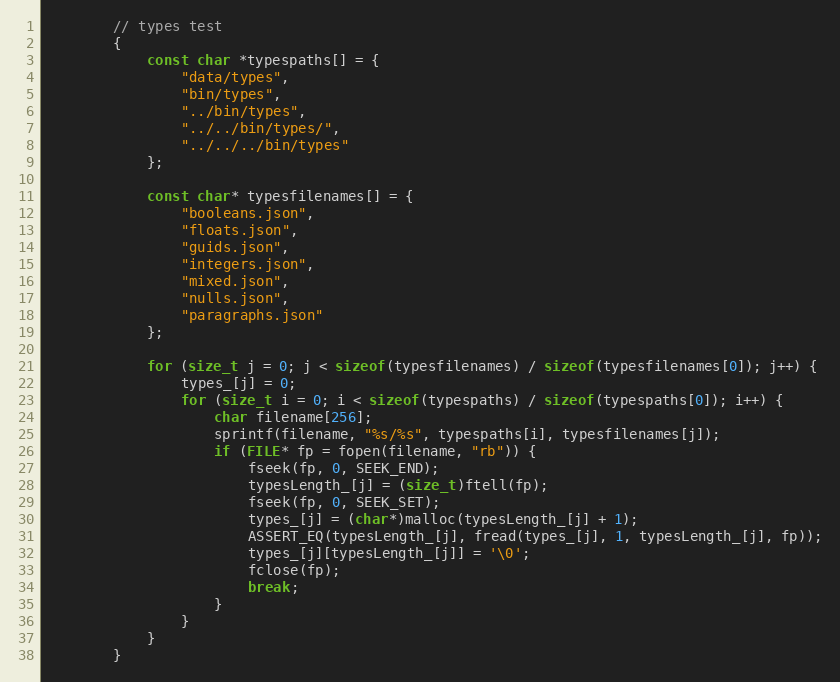
Language: C
        // types test
        {
            const char *typespaths[] = {
                "data/types",
                "bin/types",
                "../bin/types",
                "../../bin/types/",
                "../../../bin/types"
            };

            const char* typesfilenames[] = {
                "booleans.json",
                "floats.json",
                "guids.json",
                "integers.json",
                "mixed.json",
                "nulls.json",
                "paragraphs.json"
            };

            for (size_t j = 0; j < sizeof(typesfilenames) / sizeof(typesfilenames[0]); j++) {
                types_[j] = 0;
                for (size_t i = 0; i < sizeof(typespaths) / sizeof(typespaths[0]); i++) {
                    char filename[256];
                    sprintf(filename, "%s/%s", typespaths[i], typesfilenames[j]);
                    if (FILE* fp = fopen(filename, "rb")) {
                        fseek(fp, 0, SEEK_END);
                        typesLength_[j] = (size_t)ftell(fp);
                        fseek(fp, 0, SEEK_SET);
                        types_[j] = (char*)malloc(typesLength_[j] + 1);
                        ASSERT_EQ(typesLength_[j], fread(types_[j], 1, typesLength_[j], fp));
                        types_[j][typesLength_[j]] = '\0';
                        fclose(fp);
                        break;
                    }
                }
            }
        }